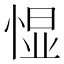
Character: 𱞯